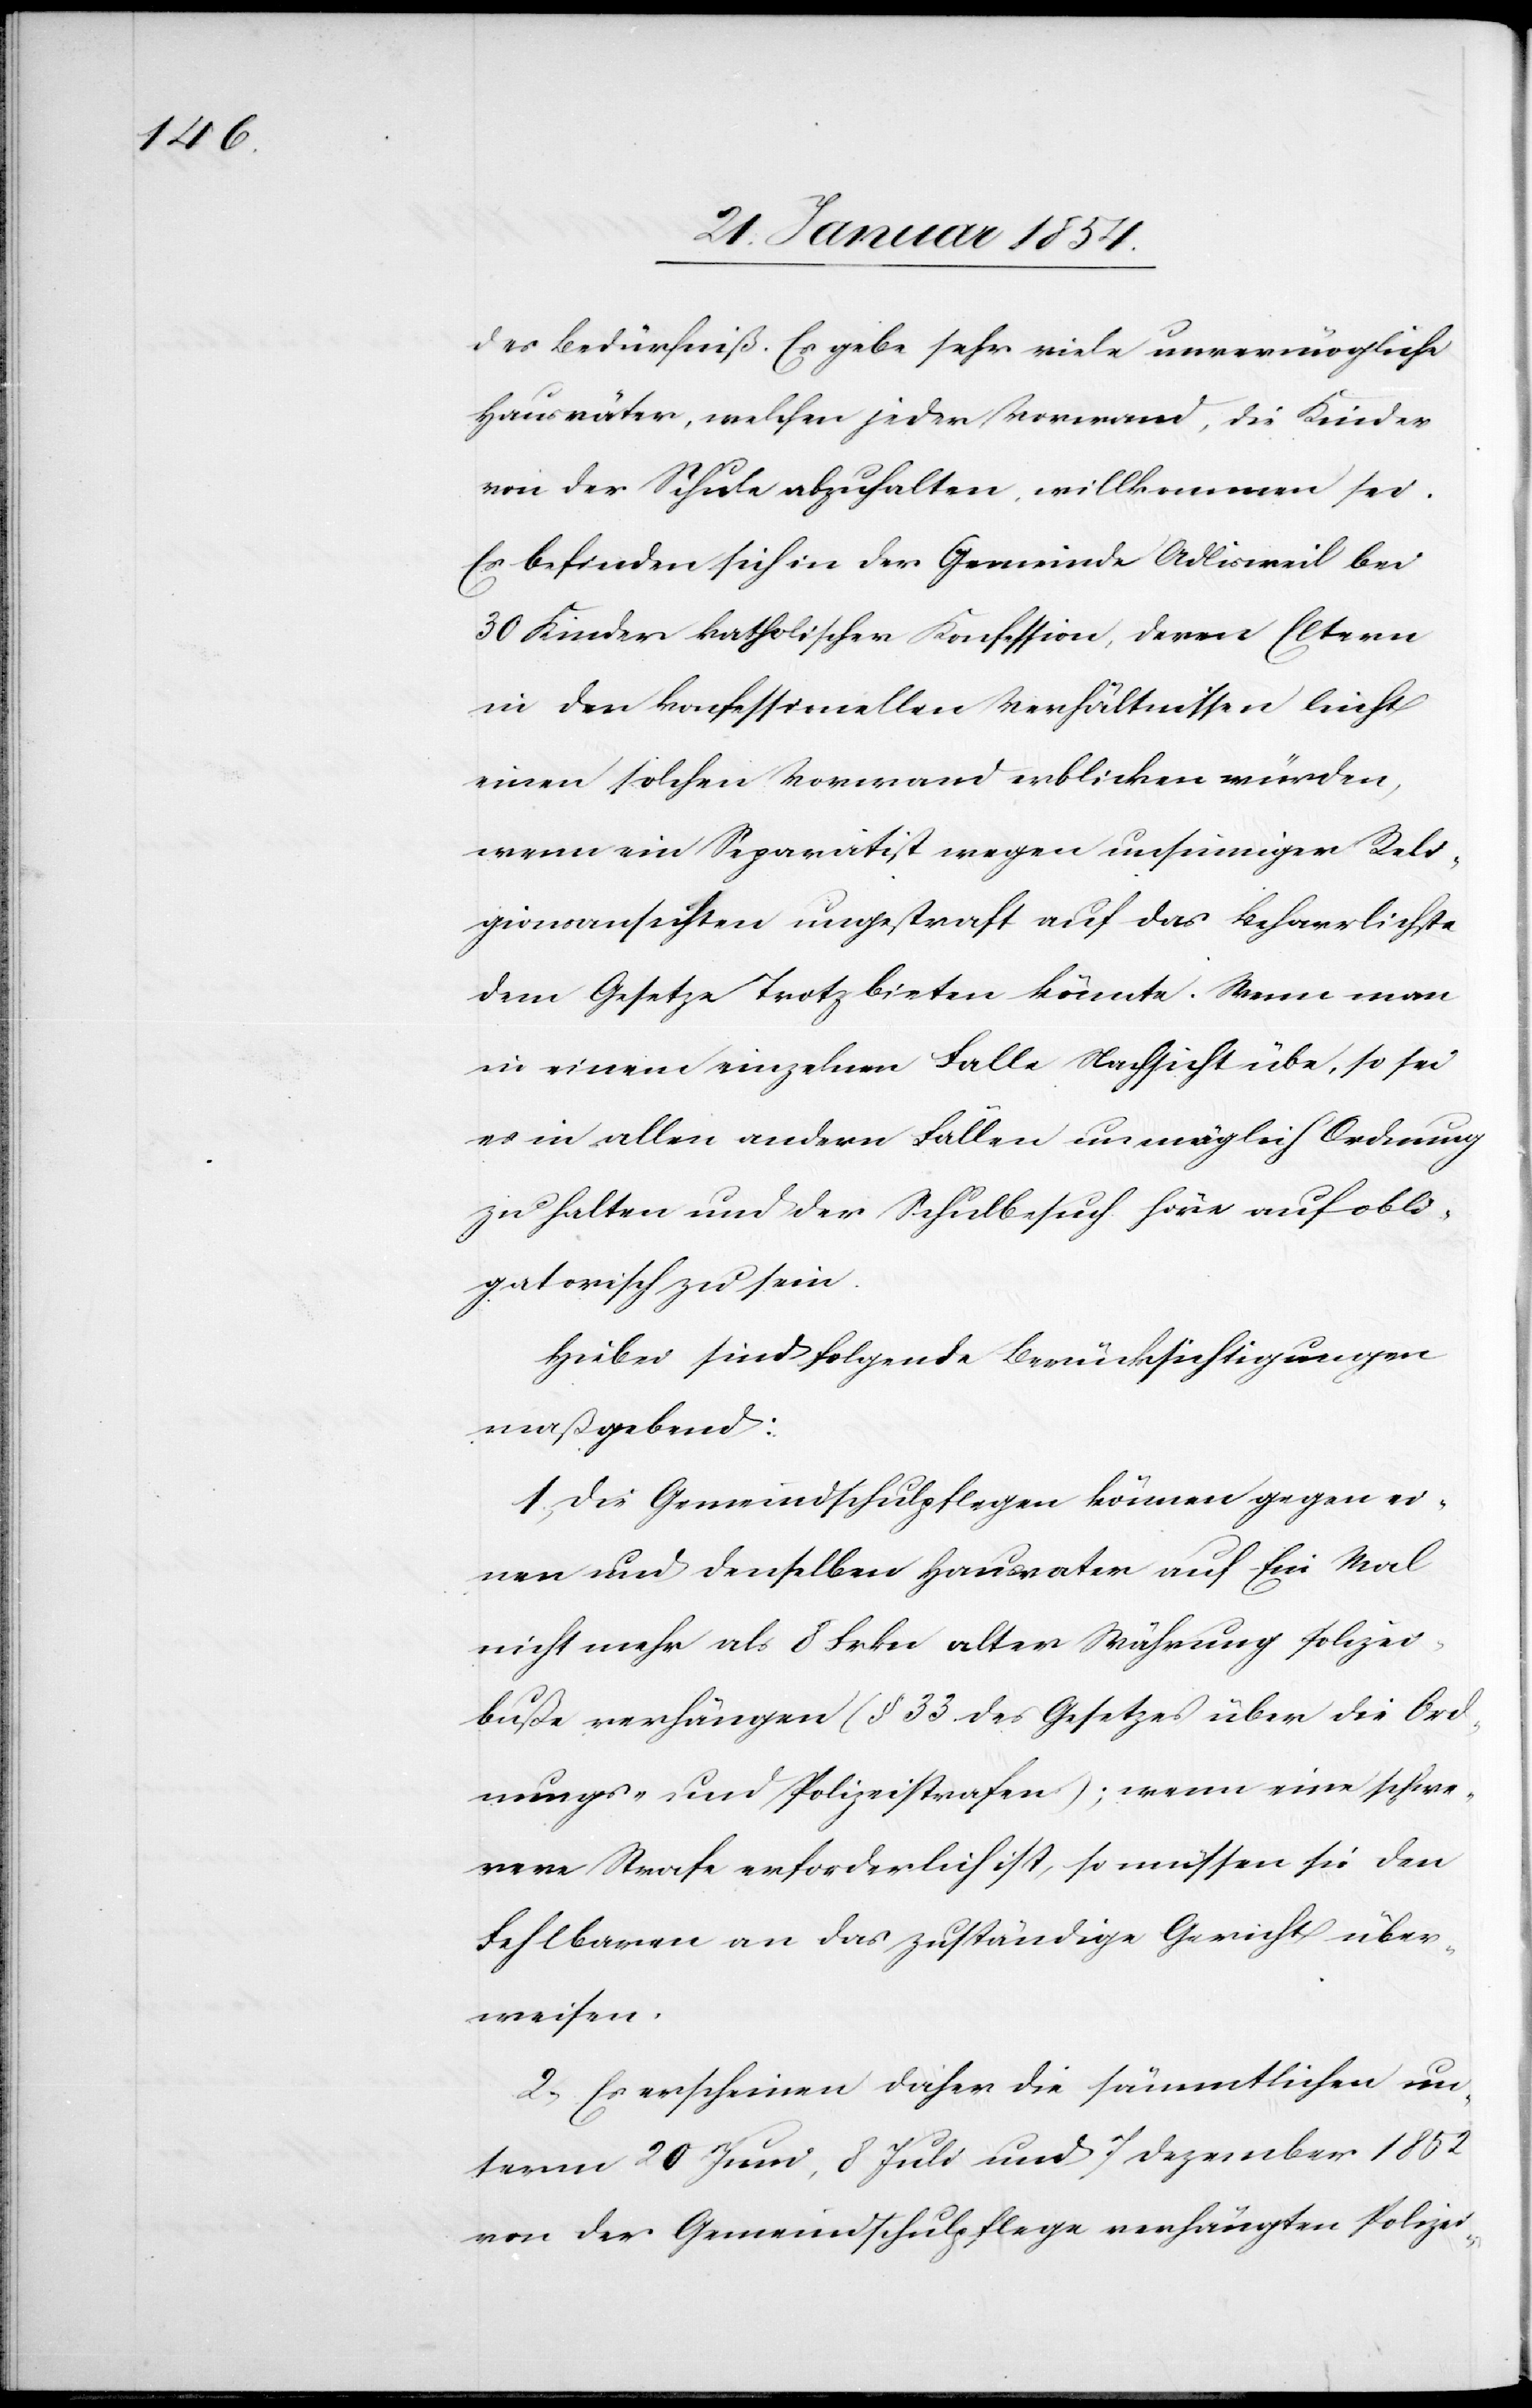
des Bedürfniß. Es gebe sehr viele unvermögliche
Hausväter, welchen jeder Vorwand, die Kinder
von der Schule abzuhalten, willkommen sei.
Es befinden sich in der Gemeinde Adlisweil bei
30 Kinder katholischer Konfession, deren Eltern
in den konfessionellen Verhältnissen leicht
einen solchen Vorwand erblicken würden,
wenn ein Separatist wegen unsinniger Reli¬
gionsansichten ungestraft auf das Beharrlichste
dem Gesetze Trotz bieten könnte. Wenn man
in einem einzelnen Falle Nachsicht übe, so sei
es in allen andern Fällen unmöglich Ordnung
zu halten und der Schulbesuch höre auf obli¬
gatorisch zu sein.
Hiebei sind folgende Berücksichtigungen
maßgebend:
1; Die Gemeindschulpflegen können gegen ei¬
nen und denselben Hausvater auf Ein Mal
nicht mehr als 8 Frkn alter Währung Polizei¬
buße verfügen (§ 33 des Gesetzes über die Ord¬
nungs- und Polizeistrafen); wenn eine schwe¬
rere Strafe erforderlich ist, so müssen sie den
Fehlbaren an das zuständige Gericht über¬
weisen.
2; Es erscheinen daher die sämmtlichen un¬
term 20 Juni, 8 Juli und 7 Dezember 1852
von der Gemeindschulpflege verhängten Polizei-